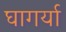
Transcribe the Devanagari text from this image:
घागर्या